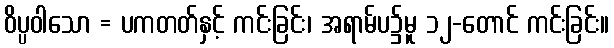
ဝိပ္ပဝါသော = ပကတတ်နှင့် ကင်းခြင်း၊ အရာမ်ပ၌မူ ၁၂-တောင် ကင်းခြင်း။